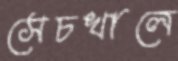
সেচখালে